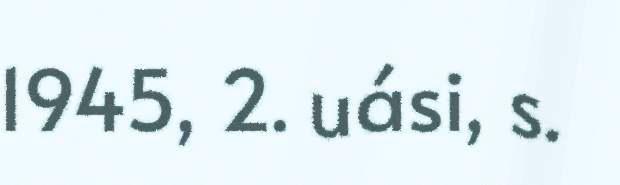
1945, 2. uási, s.